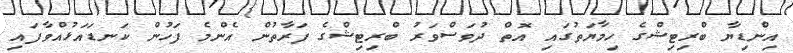
އިންޑިޔާ ބްރިޓިޝްގެ ހިމާޔަތުގައި އޮތް ދުވަސްވަރު ބްރިޓިޝްގެ ފަރާތުން އެންމެ ފަހުން ކަނޑައަޅުއްވާފައި